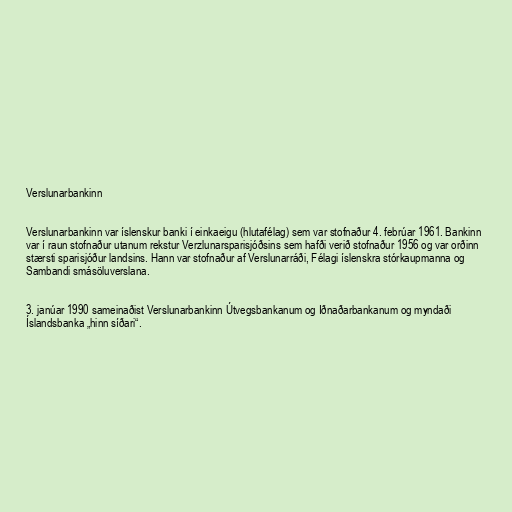
Verslunarbankinn

Verslunarbankinn var íslenskur banki í einkaeigu (hlutafélag) sem var stofnaður 4. febrúar 1961. Bankinn
var í raun stofnaður utanum rekstur Verzlunarsparisjóðsins sem hafði verið stofnaður 1956 og var orðinn
stærsti sparisjóður landsins. Hann var stofnaður af Verslunarráði, Félagi íslenskra stórkaupmanna og
Sambandi smásöluverslana.

3. janúar 1990 sameinaðist Verslunarbankinn Útvegsbankanum og Iðnaðarbankanum og myndaði
Íslandsbanka „hinn síðari“.